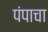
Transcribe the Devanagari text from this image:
पंपाचा